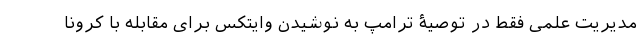
مدیریت علمی فقط در توصیۀ ترامپ به نوشیدن وایتکس برای مقابله با کرونا